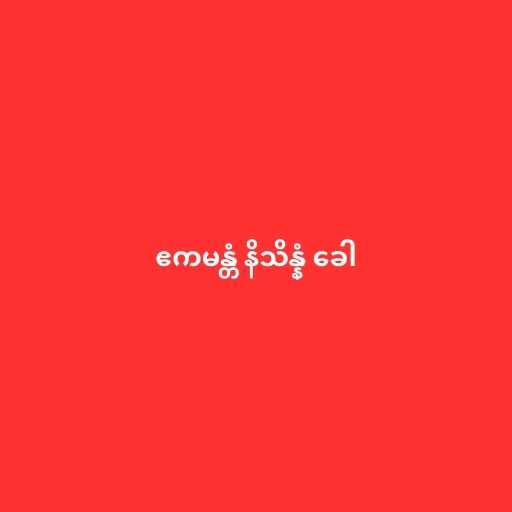
ဧကမန္တံ နိသိန္နံ ခေါ